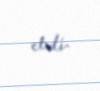
etdi.